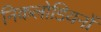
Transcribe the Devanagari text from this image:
निकलोडियनों